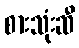
စားသုံးဆီ